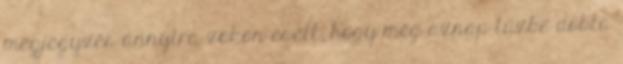
megjegyzés annyira zokon esett, hogy még aznap tűzbe dobta